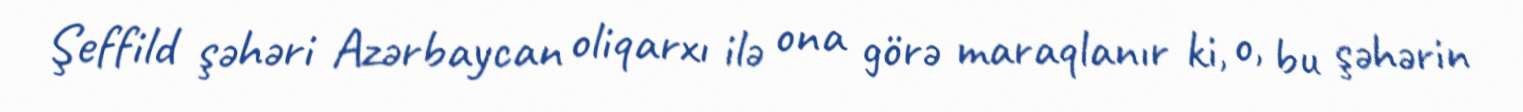
Şeffild şəhəri Azərbaycan oliqarxı ilə ona görə maraqlanır ki, o, bu şəhərin